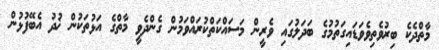
މާތްދެކެ ބިރުވެތިވެވަޑައިގަތުމުގެ ބަދަލުގައި ވެރީން މަސައްކަތްކުރައްވަމުން ގެންދެވީ މާތްގެ އަޅުތަކުން ޚުދު އެބޭފުޅުން